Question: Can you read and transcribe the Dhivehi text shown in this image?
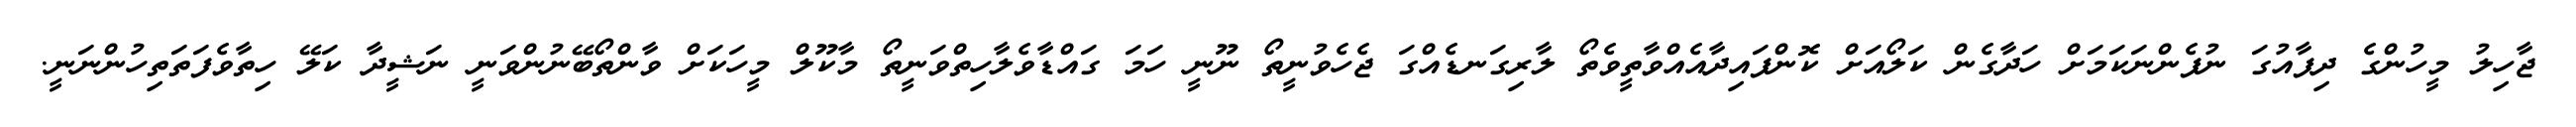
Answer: ޖާހިލު މީހުންގެ ދިފާއުގަ ނުފެންނަކަމަށް ހަދާގެން ކަލޯއަށް ކޮންފައިދާއެއްވާތީވެތޯ ލާރިގަނޑެއްގަ ޖެހެވުނީތޯ ނޫނީ ހަމަ ގައްޑާވެލާހިތްވަނީތޯ މާކޫލް މީހަކަށް ވާންތޯބޭނުންވަނީ ނަޝީދާ ކަލޭ ހިތާވެފަތަތިހުންނަނީ.